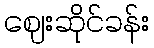
ဈေးဆိုင်ခန်း